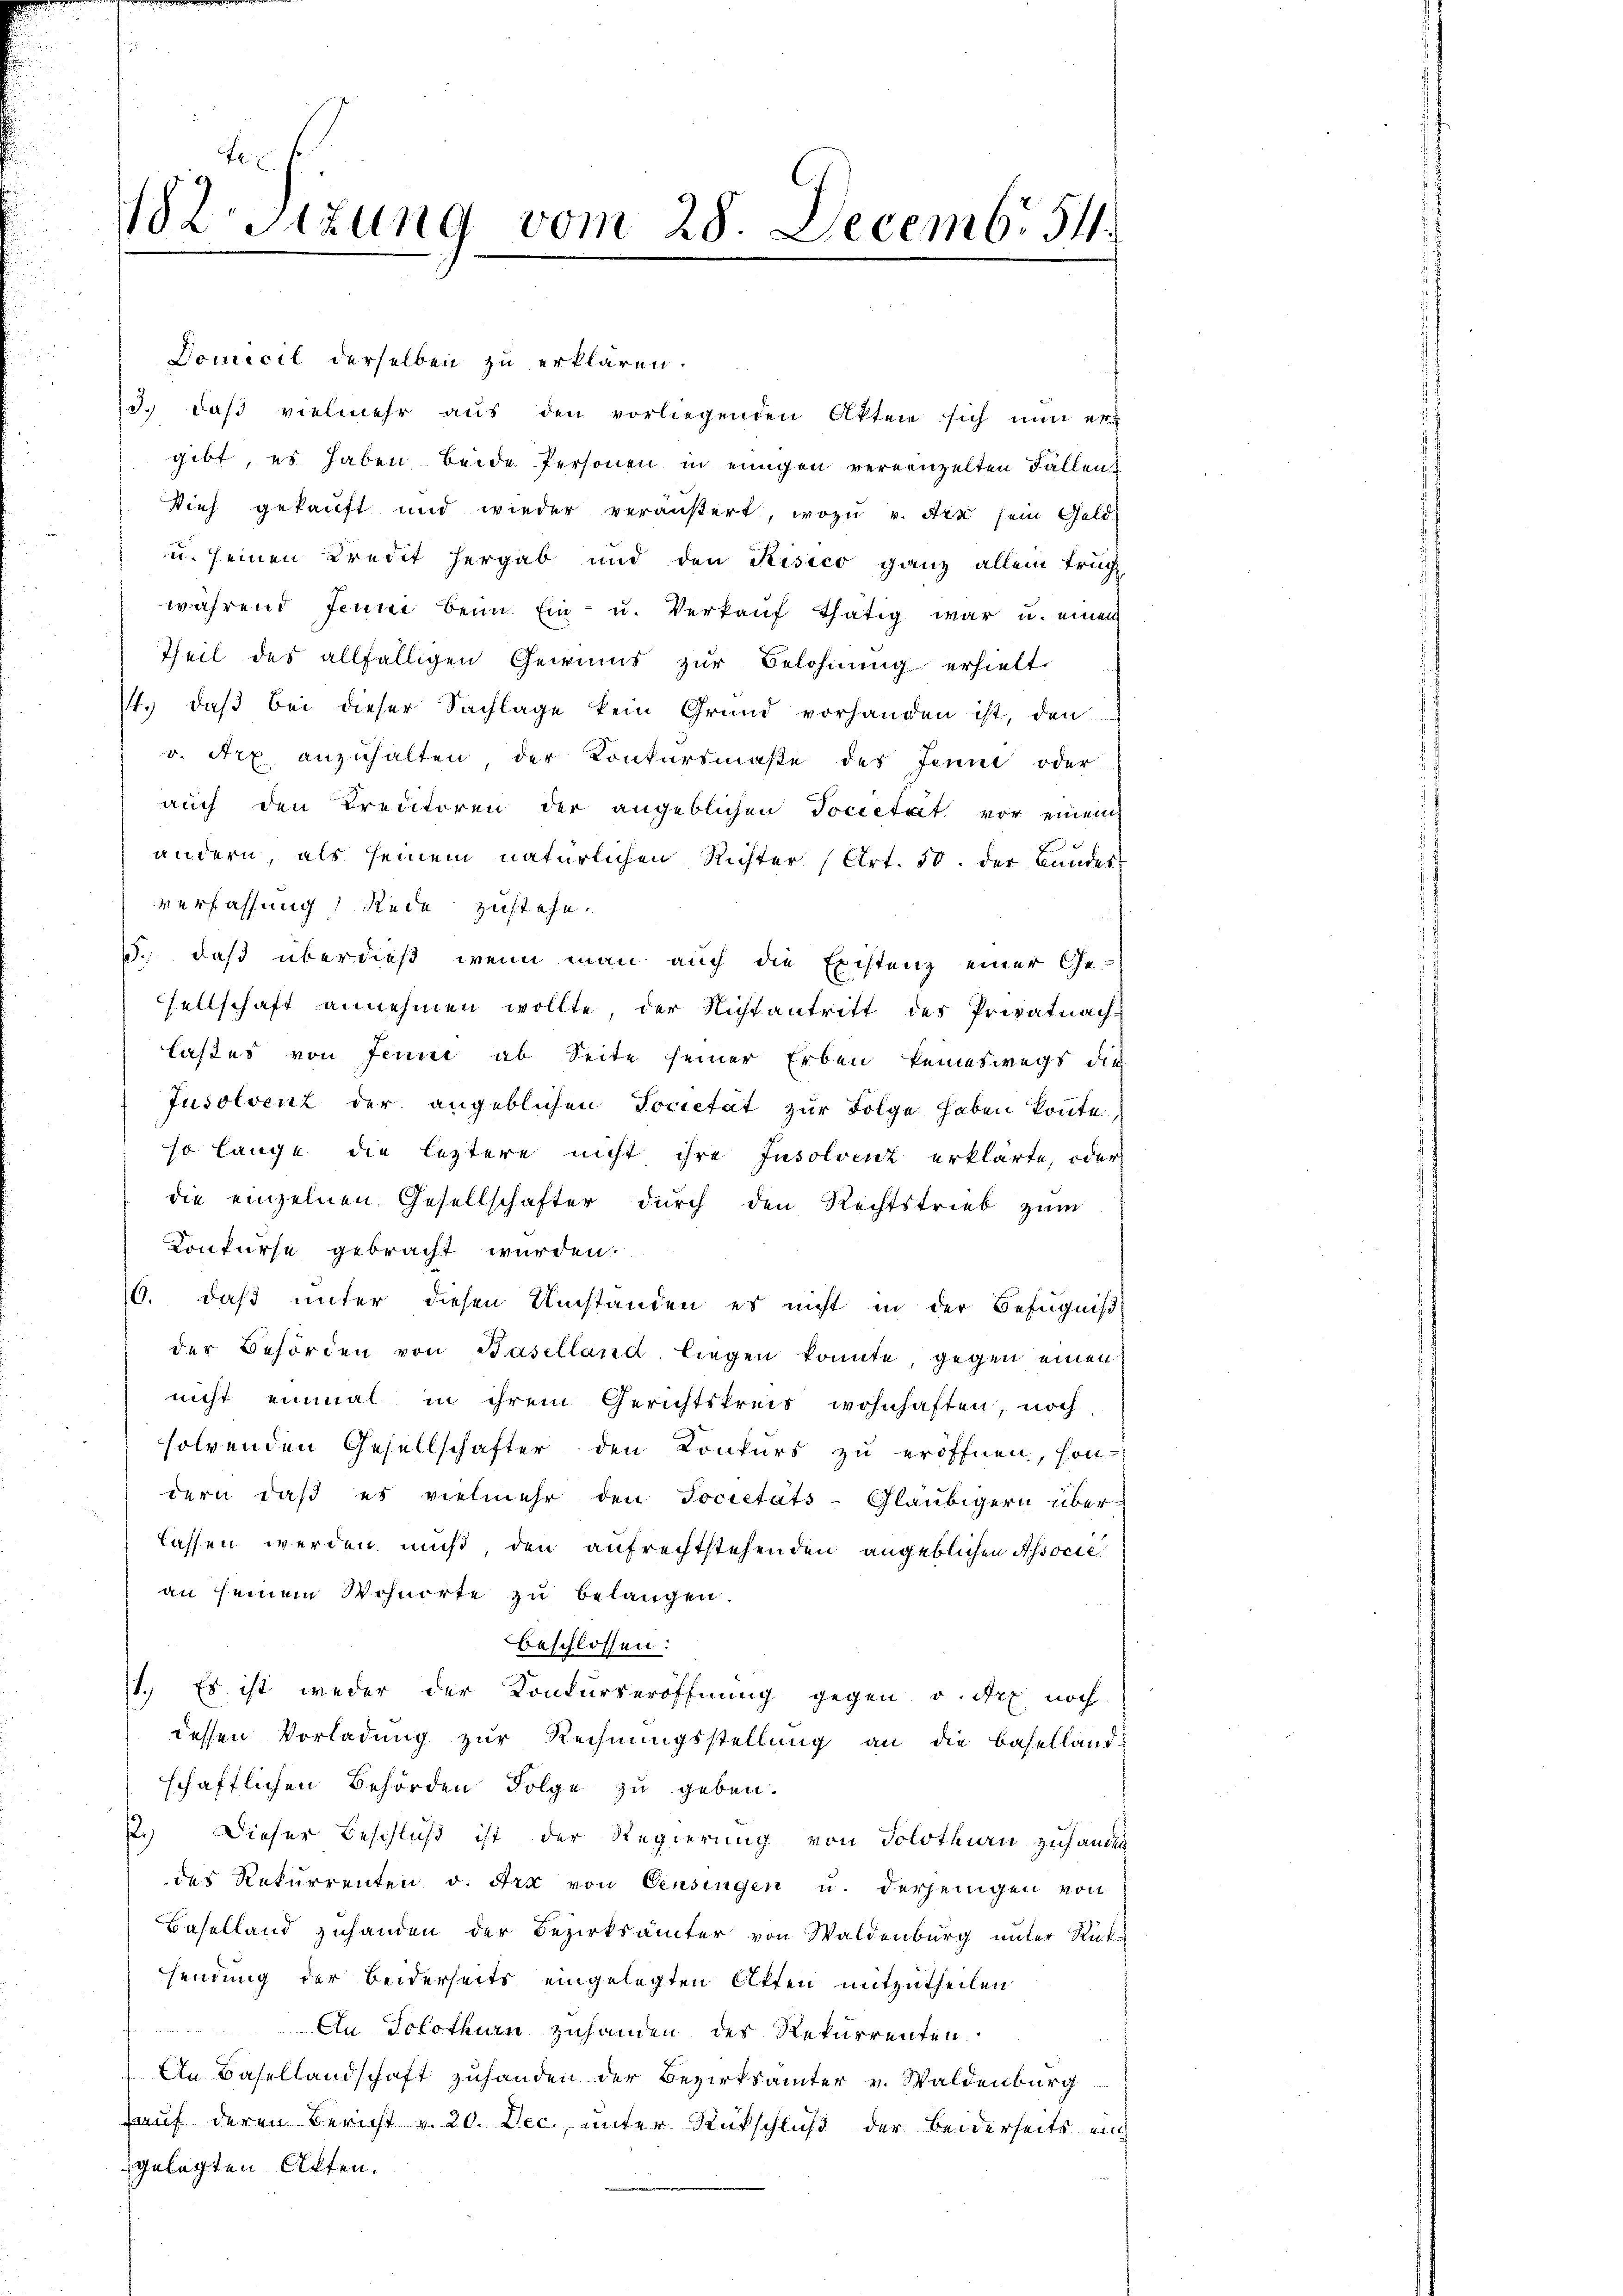
gibt, es haben beide Personen in einigen vereinzelten Fällen
Vieh gekauft und wieder veräußert, wozu v. den sein Geld-
u seinen Kredit hergab und den Risico ganz allein trug
während Jenne beim Ein- u. Verkauf thätig war u. einem
Theil des allfälligen Gewinns zur Belohnung erhielt
1. daβ bei dieser Sachlage kein Grund vorhanden ist, den
v. Art anzuhalten, der Konkursmaße des Jenne oder
auch den Kreditoren der angeblichen Tocietät vor einem
andern, als seinem natürlichen Richter (Art. 50. der Bandes
verfassung) Rede zustehe.
1., daß überdieß, wenn man auch die Existenz einer Gesellschaft annehmen wollte, der Nicht antritt des Privatnach-
laßes von Jenne ab Seite seiner Erben keineswegs die
Jusolvenz der angeblichen Societät zur Folge haben könnte,
so lange die leztere nicht ihre Insolvenz erklärte, oder
die einzelnen Gesellschafter durch den Rechtstrieb zum
Konkurse gebracht wurden.
16. daß unter diesen Umstanden es nicht in der Befugniß
der Behörden von Baselland liegen konnte, gegen einen
nicht einmal in ihrem Gerichtskreis wohnhaften, noch
solvenden Gesellschafter den Konkurs zu eröffnen, son-
dern daβ es vielmehr den Societäts-Gläubigern über-
lassen werden muß, den aufrechtstehenden angeblichen Associean seinem Wohnorte zu belangen.
beschlossen:
1.) Es ist weder der Konkurseröffnung gegen v. Art noch
dessen Vorladung zur Rechnungsstellung an die Baselland-
schaftlichen Behörden Folge zu geben.
2.) Dieser Beschluß ist der Regierung von Solothurn zuhandel
des Rekurrenten v. Art von Censingen u. derjenigen von
Baselland zuhanden der Bezirksämter von Waldenburg unter Rück-
sendung der beiderseits eingelegten Akten mitzutheilen
An Solothurn zuhanden des Rekurrenten
An Basellandschaft zuhanden der Bezirksamter v. Waldenburg
Hauf deren Bericht v. 20. Dec., unter Rückschluß der beiderseits ei
gelegten Akten.

182. Sitzung vom 28 Decemb. 54.

Domicil derselben zu erklären.

d.) daß vielmehr aus den vorliegenden Akten sich nun er